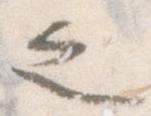
之